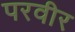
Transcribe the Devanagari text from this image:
परवीर